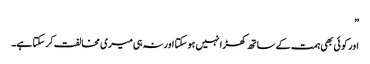
”
اور کو ئی بھی ہمت کے ساتھ کھڑا نہیں ہو سکتا اور نہ ہی میری مخالفت کر سکتا ہے۔